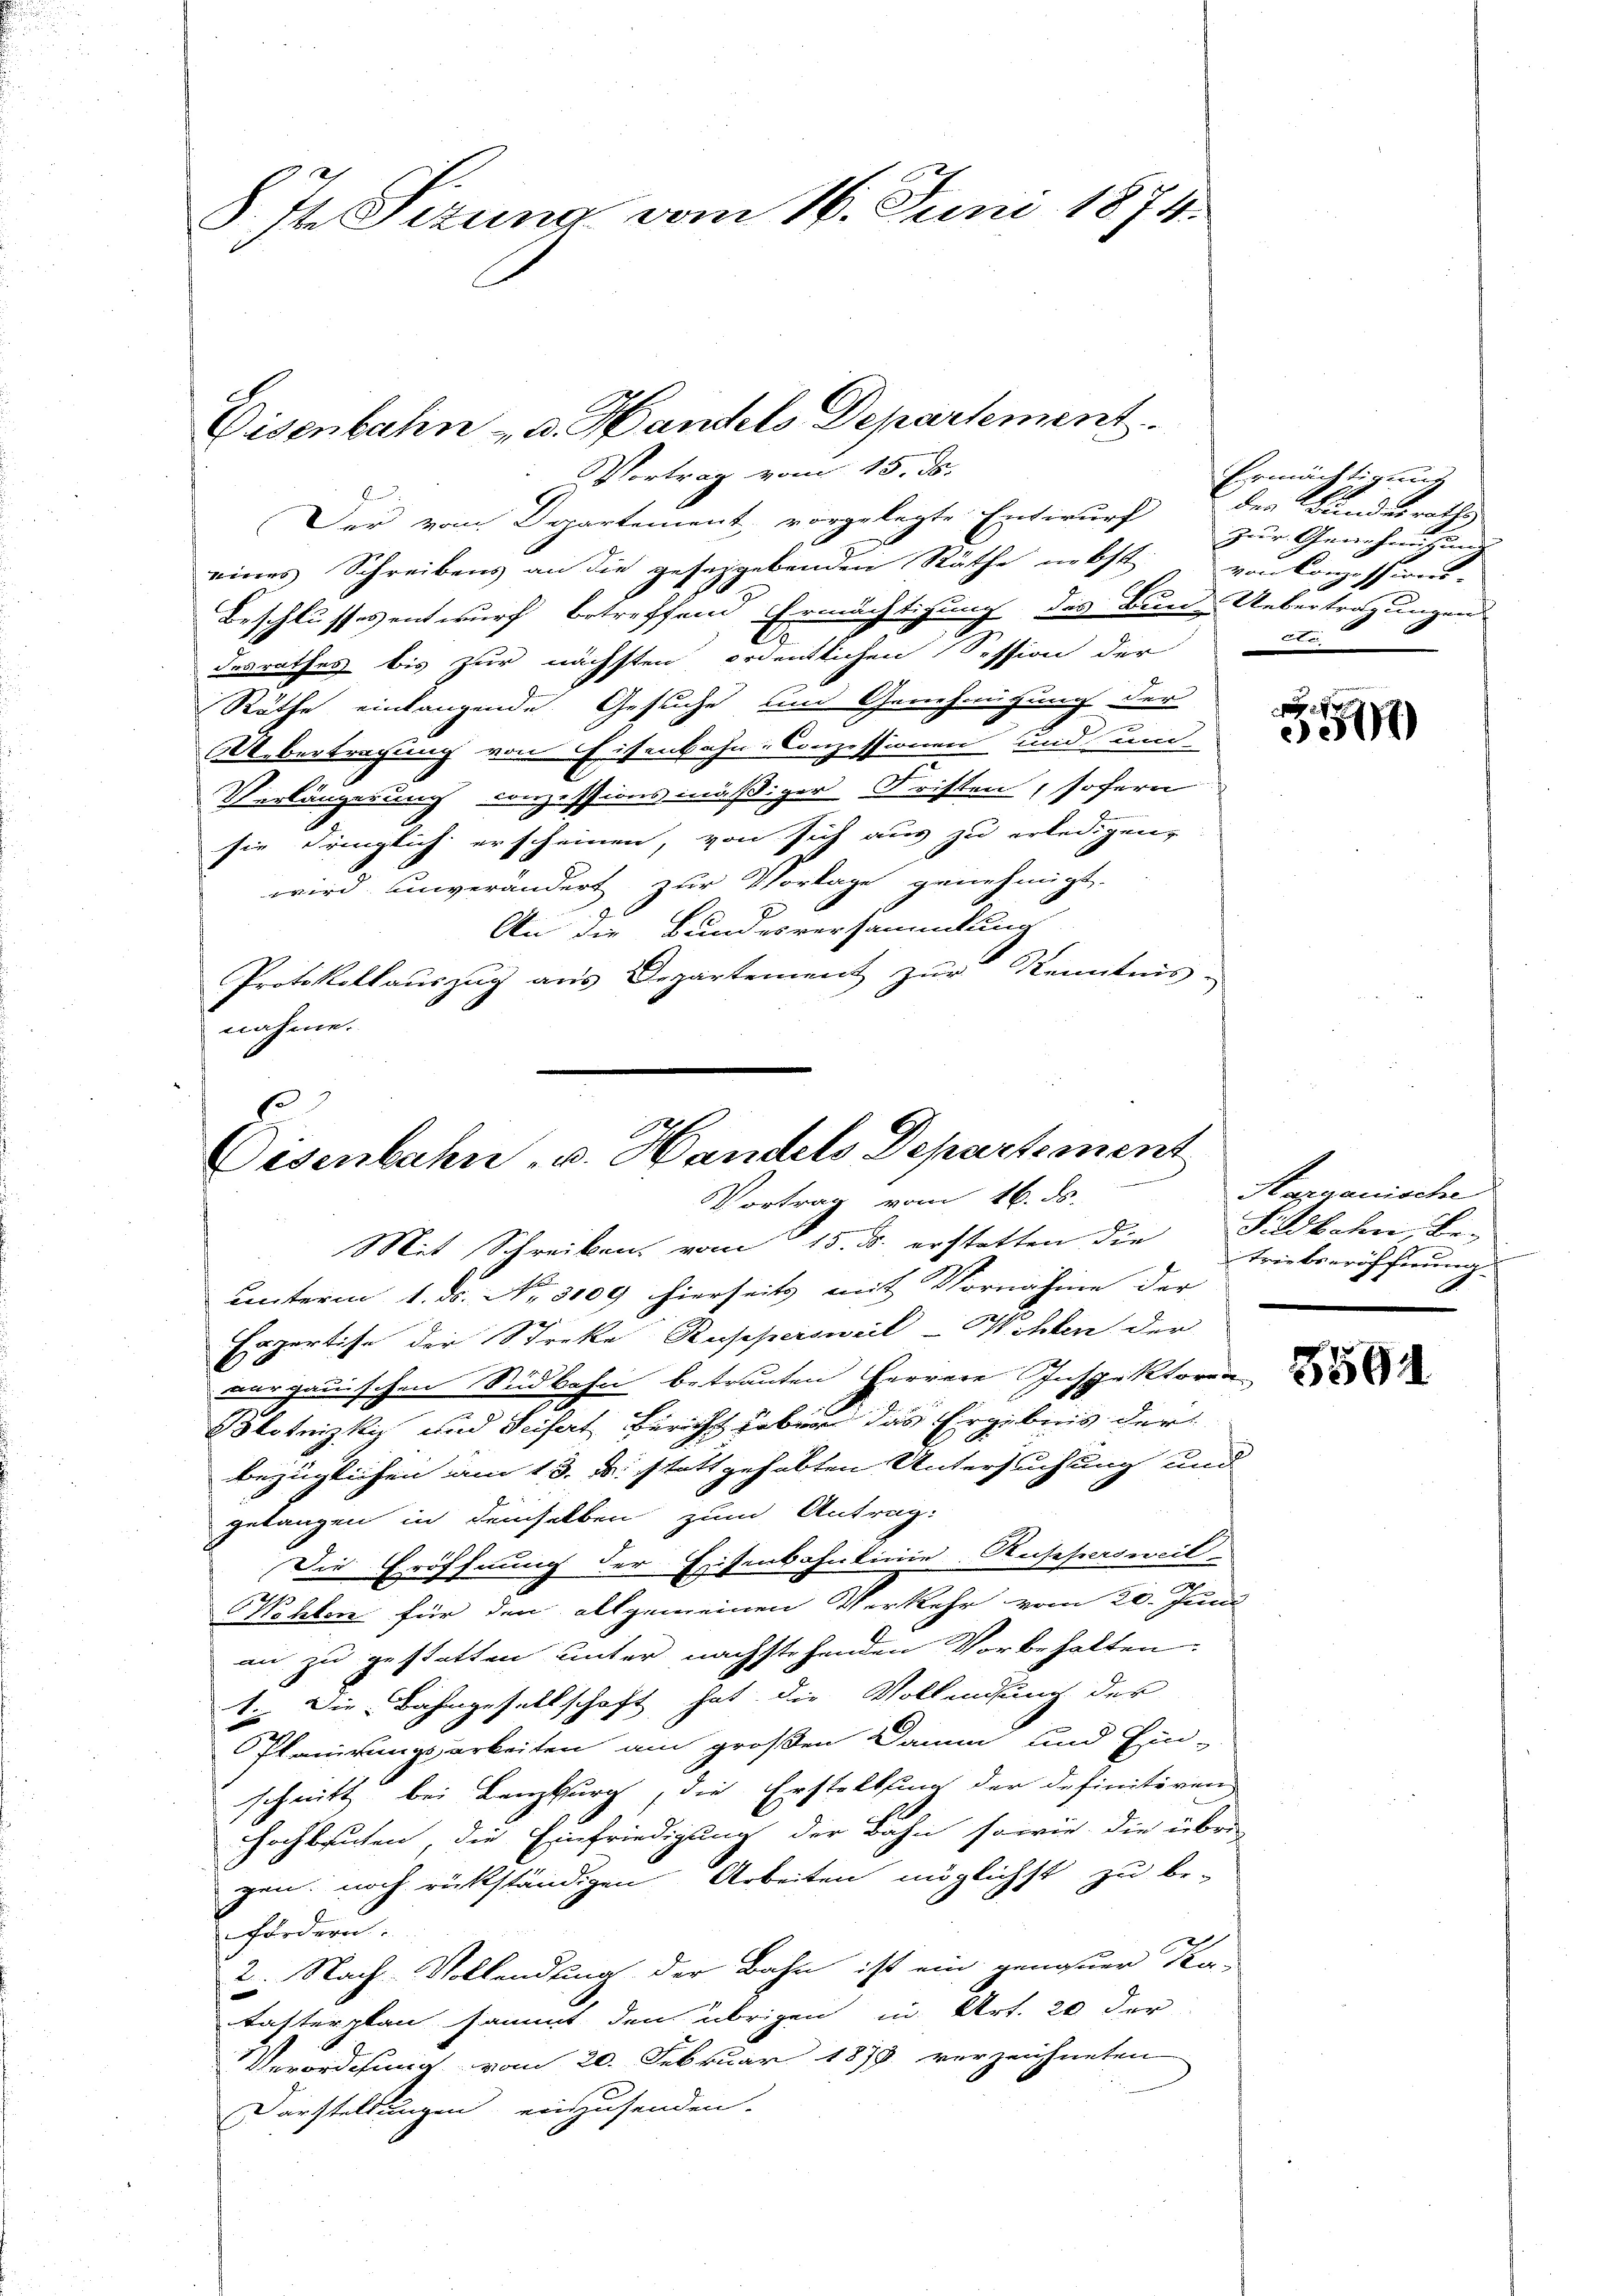
§. Jn Sizung vom 16. Juni 1874.

Disenbahn- u. Handels Departement
Vortrag vom 15. ds.

Der vom Departement, vorgelegte Entwurf
eines Schreibens an die geseggebenden Räthe nebst
Beschlusses entwurf betreffend Ermächtigung des Bunde Uebertragungen
desrathes bis zur nächsten ordentlichen Session der
Räthe einlangende Gesuche und Genehmigung der
Uebertragung von Eisenbahn-Conzessionen und und
Verlängerung conzessionsmäßiger Fristen, sofern
sie dringlich erscheinen, von sich aus zu erledigen,
wird, unverändert zur Vorlage genehmigt.
An die Bundesversammlung
Protokollauszug aus Departement zur Kenntnis-
nahme.

.
Disenbahn, v. Handels Departement
Vortrag vom 16. ds.

E

Ermächtigung
der Kundesraths
Zur Genehmigung
von Conzessions-
1t

Mit Schreiben vom 15. d. erstatten die
unterm 1. ds. No. 3109 hierseits mit Vornahme der
Erpertise der Streke Ruppersweil-Wohlen der
aargauischen Südbahn betrauten Herrere Inspektoren
Blotnizky und Seifert Bericht haben das Ergebnis der
bezüglichen am 13. u. statt gehabten Untersuchung und
gelangen in demselben zum Antrag:
Die Eröffnung der Eisenbahnlinie-Auspersweil
Wohlen für den allgemeinen Verkehr vom 20. Juni
an zu gestatten unter nachstehenden Vorbehalten
1. Die Bahngesellschaft hat die Vollendung der
Planirungsarbeiten am großen Damm und Ein-
schnitt bei Lenzburg, die Erstellung der definitiven
hochbsuchen, die Einfriedigung der Bahn sowie die übrig-
gen noch rückständigen Arbeiten möglichst zu be-
fördern.
2. Nach-Vollendung der Bahn ist ein genauer Katasterplan sammt den übrigen in Art. 20 der
Verordnung vom 20. Februar 1879 verzeichneten
Darstellungen einzusenden.

7
544)

Sapanische
Fildboten, betriebseröffnung

3594